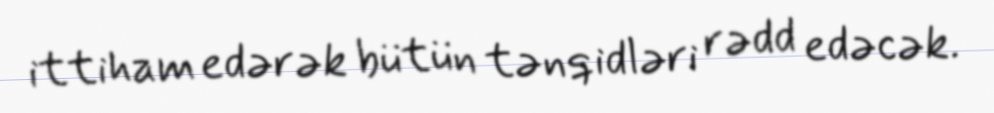
ittiham edərək bütün tənqidləri rədd edəcək.